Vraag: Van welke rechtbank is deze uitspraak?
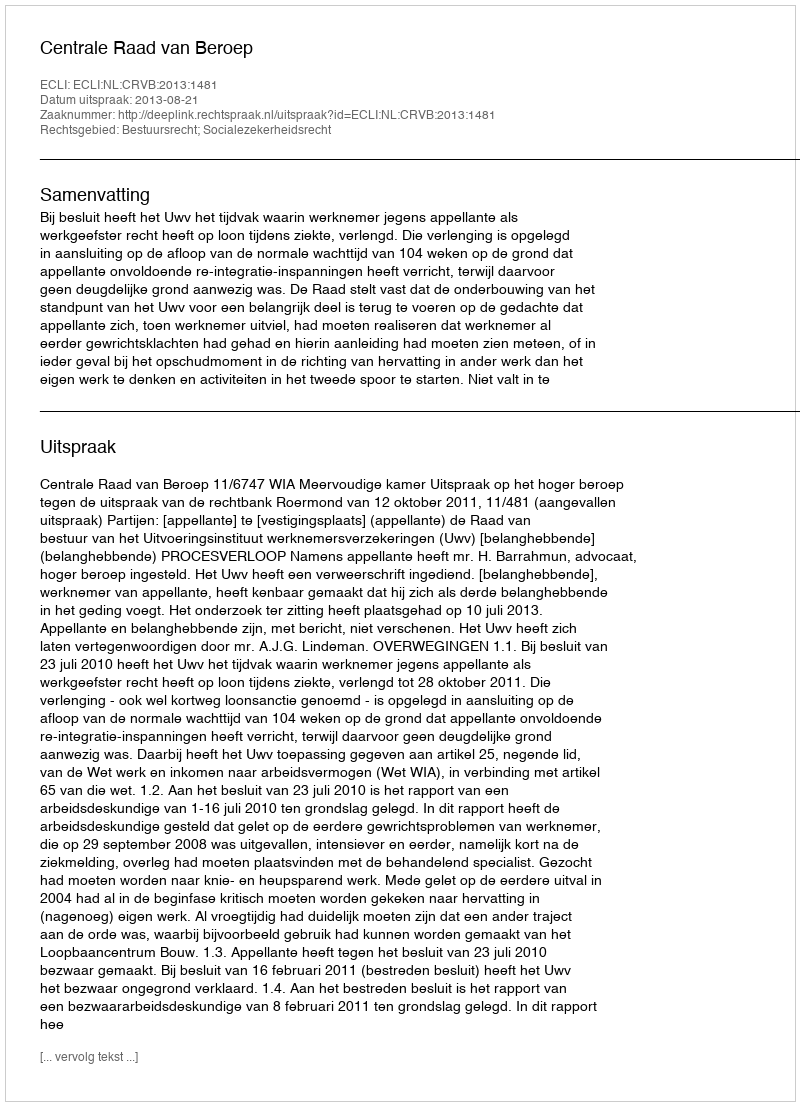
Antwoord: Centrale Raad van Beroep